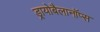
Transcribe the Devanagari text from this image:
ड्रायोबैलानॉप्स